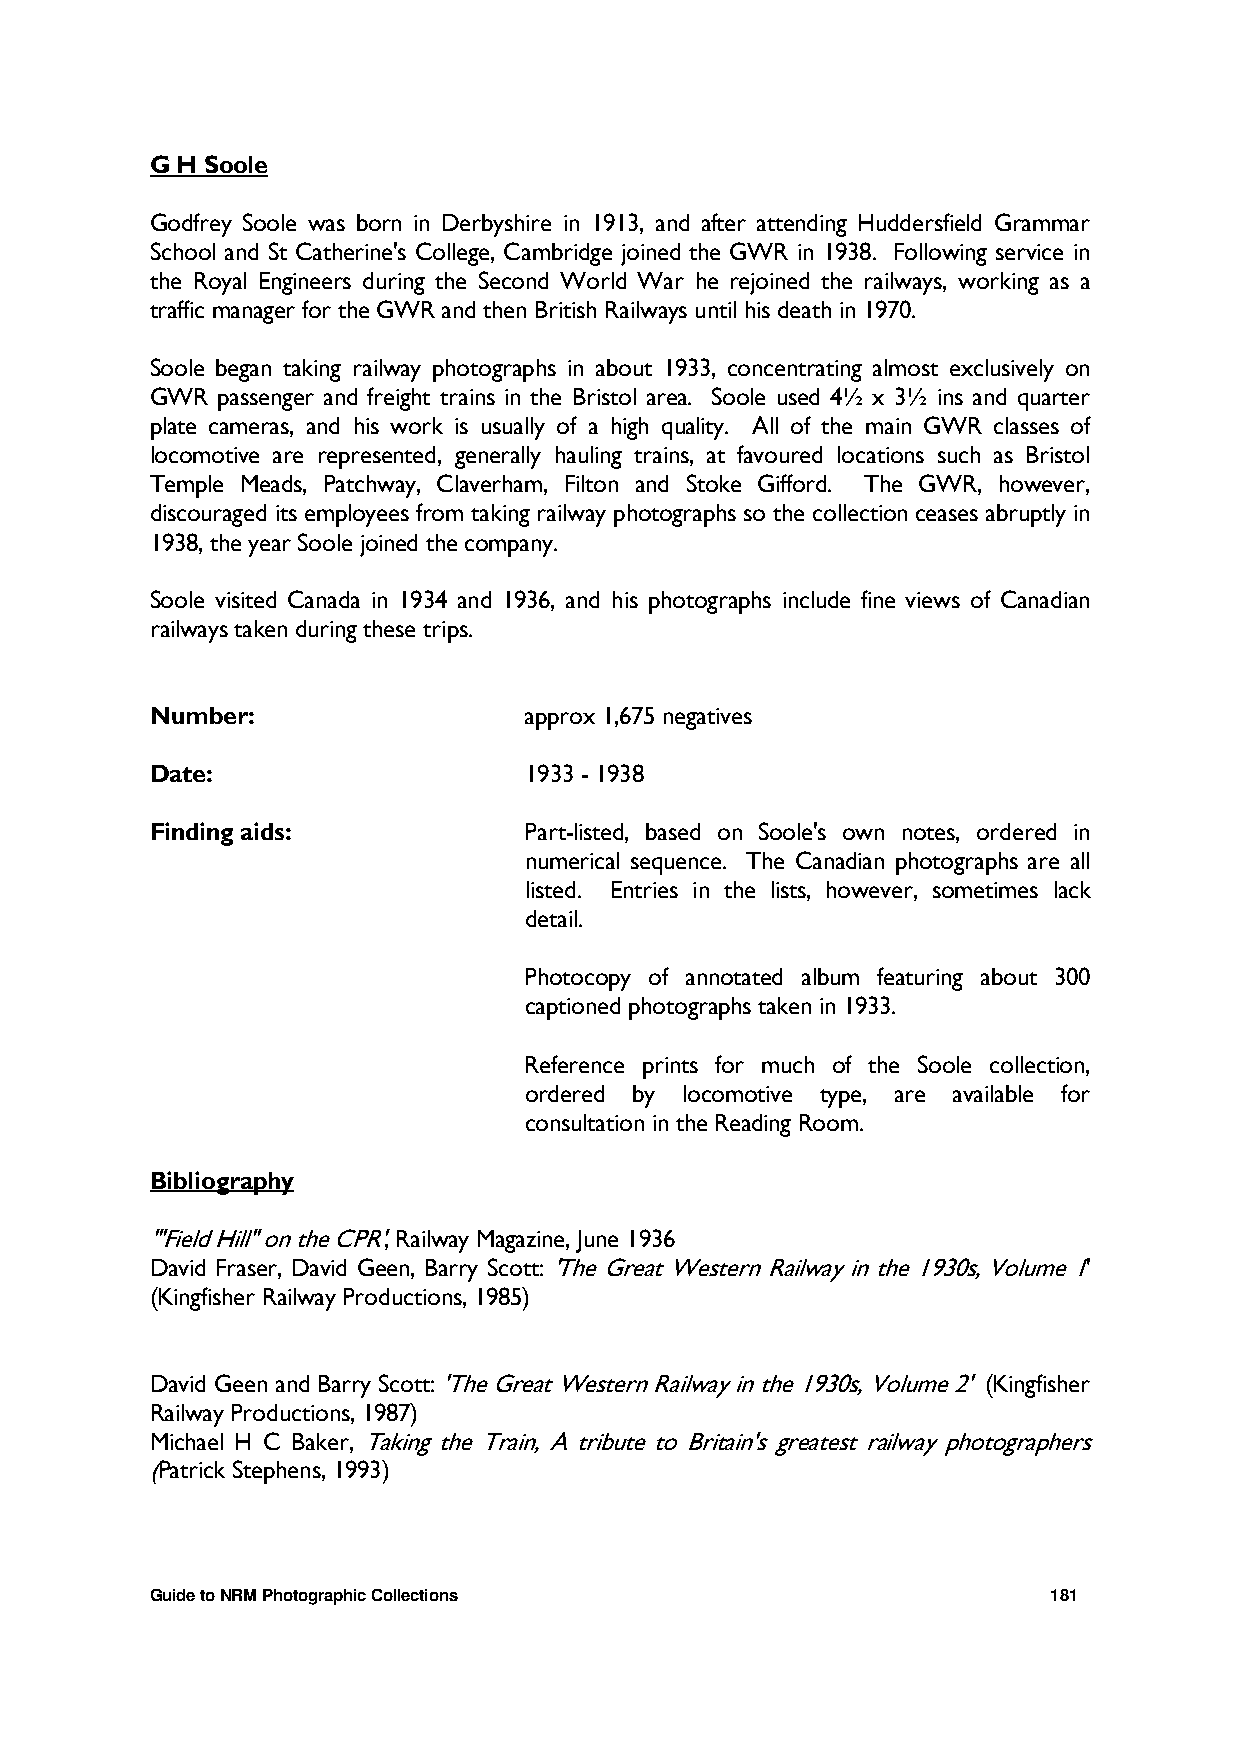
G H Soole
 Godfrey Soole was born in Derbyshire in 1913, and after attending Huddersfield Grammar
 School and St Catherine's College, Cambridge joined the GWR in 1938. Following service in
 the Royal Engineers during the Second World War he rejoined the railways, working as a
 traffic manager for the GWR and then British Railways until his death in 1970.
 Soole began taking railway photographs in about 1933, concentrating almost exclusively on
 GWR passenger and freight trains in the Bristol area. Soole used 4½ x 3½ ins and quarter
 plate cameras, and his work is usually of a high quality. All of the main GWR classes of
 locomotive are represented, generally hauling trains, at favoured locations such as Bristol
 Temple Meads, Patchway, Claverham, Filton and Stoke Gifford. The GWR, however,
 discouraged its employees from taking railway photographs so the collection ceases abruptly in
 1938, the year Soole joined the company.
 Soole visited Canada in 1934 and 1936, and his photographs include fine views of Canadian
 railways taken during these trips.
 Number:                  approx 1,675 negatives
 Date:                    1933 - 1938
 Finding aids:            Part-listed, based on Soole's own notes, ordered in
 numerical sequence. The Canadian photographs are all
 listed. Entries in the lists, however, sometimes lack
 detail.
 Photocopy of annotated album featuring about 300
 captioned photographs taken in 1933.
 Reference prints for much of the Soole collection,
 ordered by locomotive type, are available for
 consultation in the Reading Room.
 Bibliography
 '"Field Hill" on the CPR', Railway Magazine, June 1936
 David Fraser, David Geen, Barry Scott: 'The Great Western Railway in the 1930s, Volume 1'
 (Kingfisher Railway Productions, 1985)
 David Geen and Barry Scott: 'The Great Western Railway in the 1930s, Volume 2' (Kingfisher
 Railway Productions, 1987)
 Michael H C Baker, Taking the Train, A tribute to Britain's greatest railway photographers
 (Patrick Stephens, 1993)
 Guide to NRM Photographic Collections                       181